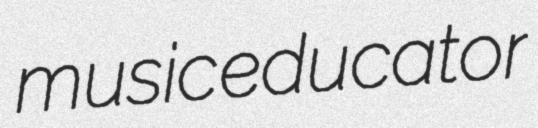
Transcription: music educator